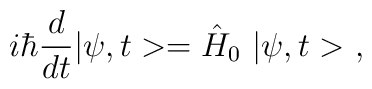
i\hbar\frac{d}{dt}|\psi,t>=\hat{H}_0\ |\psi,t>\ ,